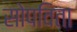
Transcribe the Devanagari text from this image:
सोपविता